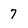
Character: 7